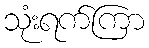
သုံးရက်ကြာ